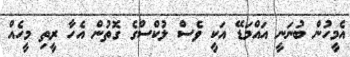
އެމީހުން ބުނަނީ އައްމަޑޭ އަކީ ވެސް ލުކްސްގެ ގޮތުން އެހާ ރީތި މީހެއް